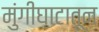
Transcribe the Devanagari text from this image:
मुंगीघाटातून